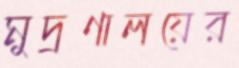
মুদ্রণালয়ের